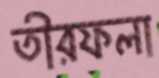
তীরফলা